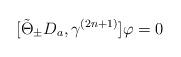
LaTeX: \begin{align*}[\tilde{\Theta}_\pm D_a,\gamma^{(2n+1)}]\varphi=0\end{align*}